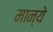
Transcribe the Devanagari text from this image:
मान्ये